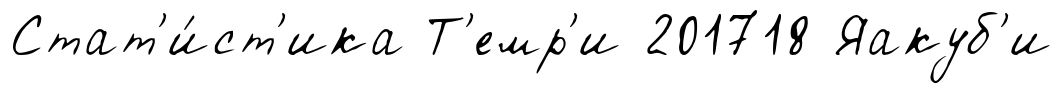
Стат'и́ст'ика Т'емр'и 201718 Яакуб'и